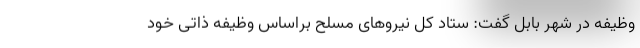
وظیفه در شهر بابل گفت: ستاد کل نیروهای مسلح براساس وظیفه ذاتی خود